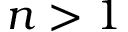
n > 1